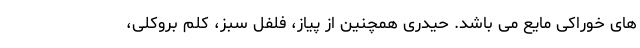
های خوراکی مایع می باشد. حیدری همچنین از پیاز، فلفل سبز، کلم بروکلی،